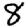
Digit: 8